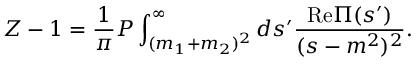
Z - 1 = \frac { 1 } { \pi } { \cal P } \int _ { ( m _ { 1 } + m _ { 2 } ) ^ { 2 } } ^ { \infty } d s ^ { \prime } \frac { \mathrm { R e } \Pi ( s ^ { \prime } ) } { ( s - m ^ { 2 } ) ^ { 2 } } .